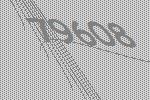
79608